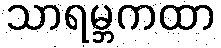
သာရမ္ဘကထာ